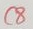
Text: C8